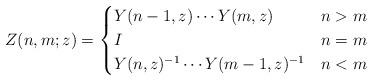
LaTeX: \begin{align*} Z(n,m;z)=\begin{cases}Y(n - 1,z) \cdots Y(m, z) & n > m \\I & n = m \\Y(n, z)^{-1} \cdots Y(m - 1, z)^{-1} & n < m\end{cases}\end{align*}